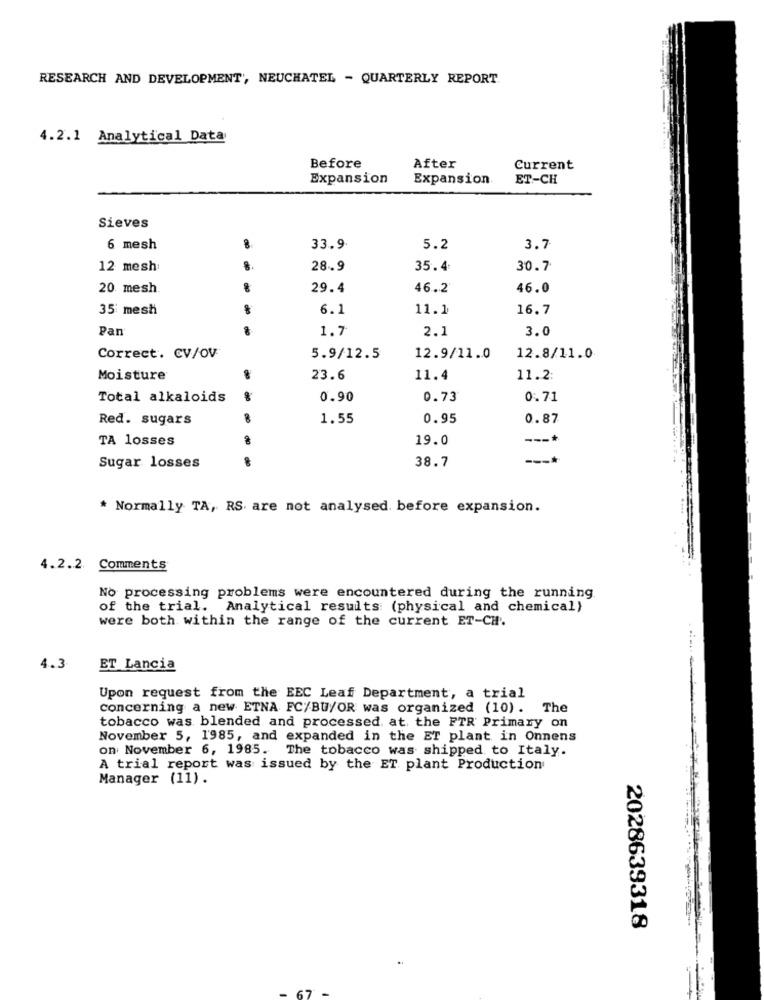
RESEARCH AND DEVELOPMENT', NEUCHATEL - QUARTERLY REPORT.
4.2.1 Analytical Data
Before
After
Current
Expansion
Expansion.
ET-CH
Sieves
6 mesh
8
33.9
5.2
3.7
12 mesh:
28.9
35.4
30.7
20 mesh.
29.4
46.2
46.0
35 mesh
6.1
11.1
16.7
Pan
1.7
2.1
3.0
Correct. CV/OV
5.9/12.5
12.9/11.0
12.8/11.0
Moisture
23.6
11.4
11.2
Total alkaloids
0.90
0.73
0.71
Red. sugars
1.55
0.95
0.87
TA losses
19.0
---*
38.7
Sugar losses
* Normally TA, RS are not analysed. before expansion.
-
4.2.2 Comments
No processing problems were encountered during the running.
of the trial. Analytical results (physical and chemical)
were both within the range of the current ET-CH.
4.3
ET Lancia
Upon request from the EEC Leaf Department, a trial
concerning a new ETNA FC/BU/OR was organized (10). The
tobacco was blended and processed, at the FTR Primary on
November 5, 1985, and expanded in the ET plant in Onnens
on November 6, 1985. The tobacco was shipped to Italy.
A trial report was issued by the ET plant Production
Manager (11).
2028639318